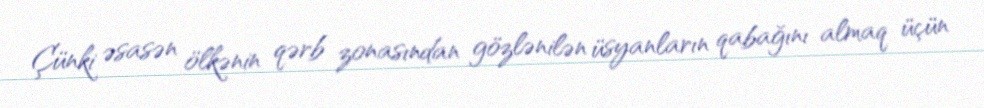
Çünki əsasən ölkənin qərb zonasından gözlənilən üsyanların qabağını almaq üçün